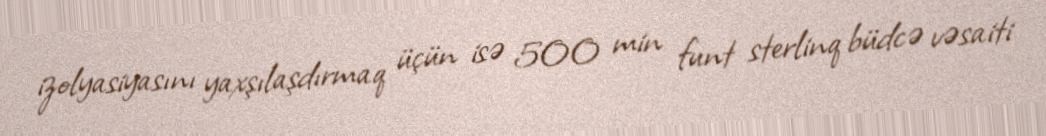
izolyasiyasını yaxşılaşdırmaq üçün isə 500 min funt sterlinq büdcə vəsaiti